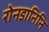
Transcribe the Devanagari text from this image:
रोनडानिनि